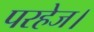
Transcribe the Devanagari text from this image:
परहेज।